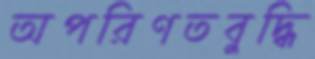
অপরিণতবুদ্ধি